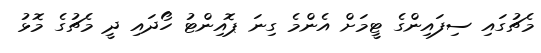
މެޗުގައި ސިފައިންގެ ޓީމަށް އެންމެ ގިނަ ޕޮއިންޓު ހޯދައި ދީ މެޗުގެ މޮޅު